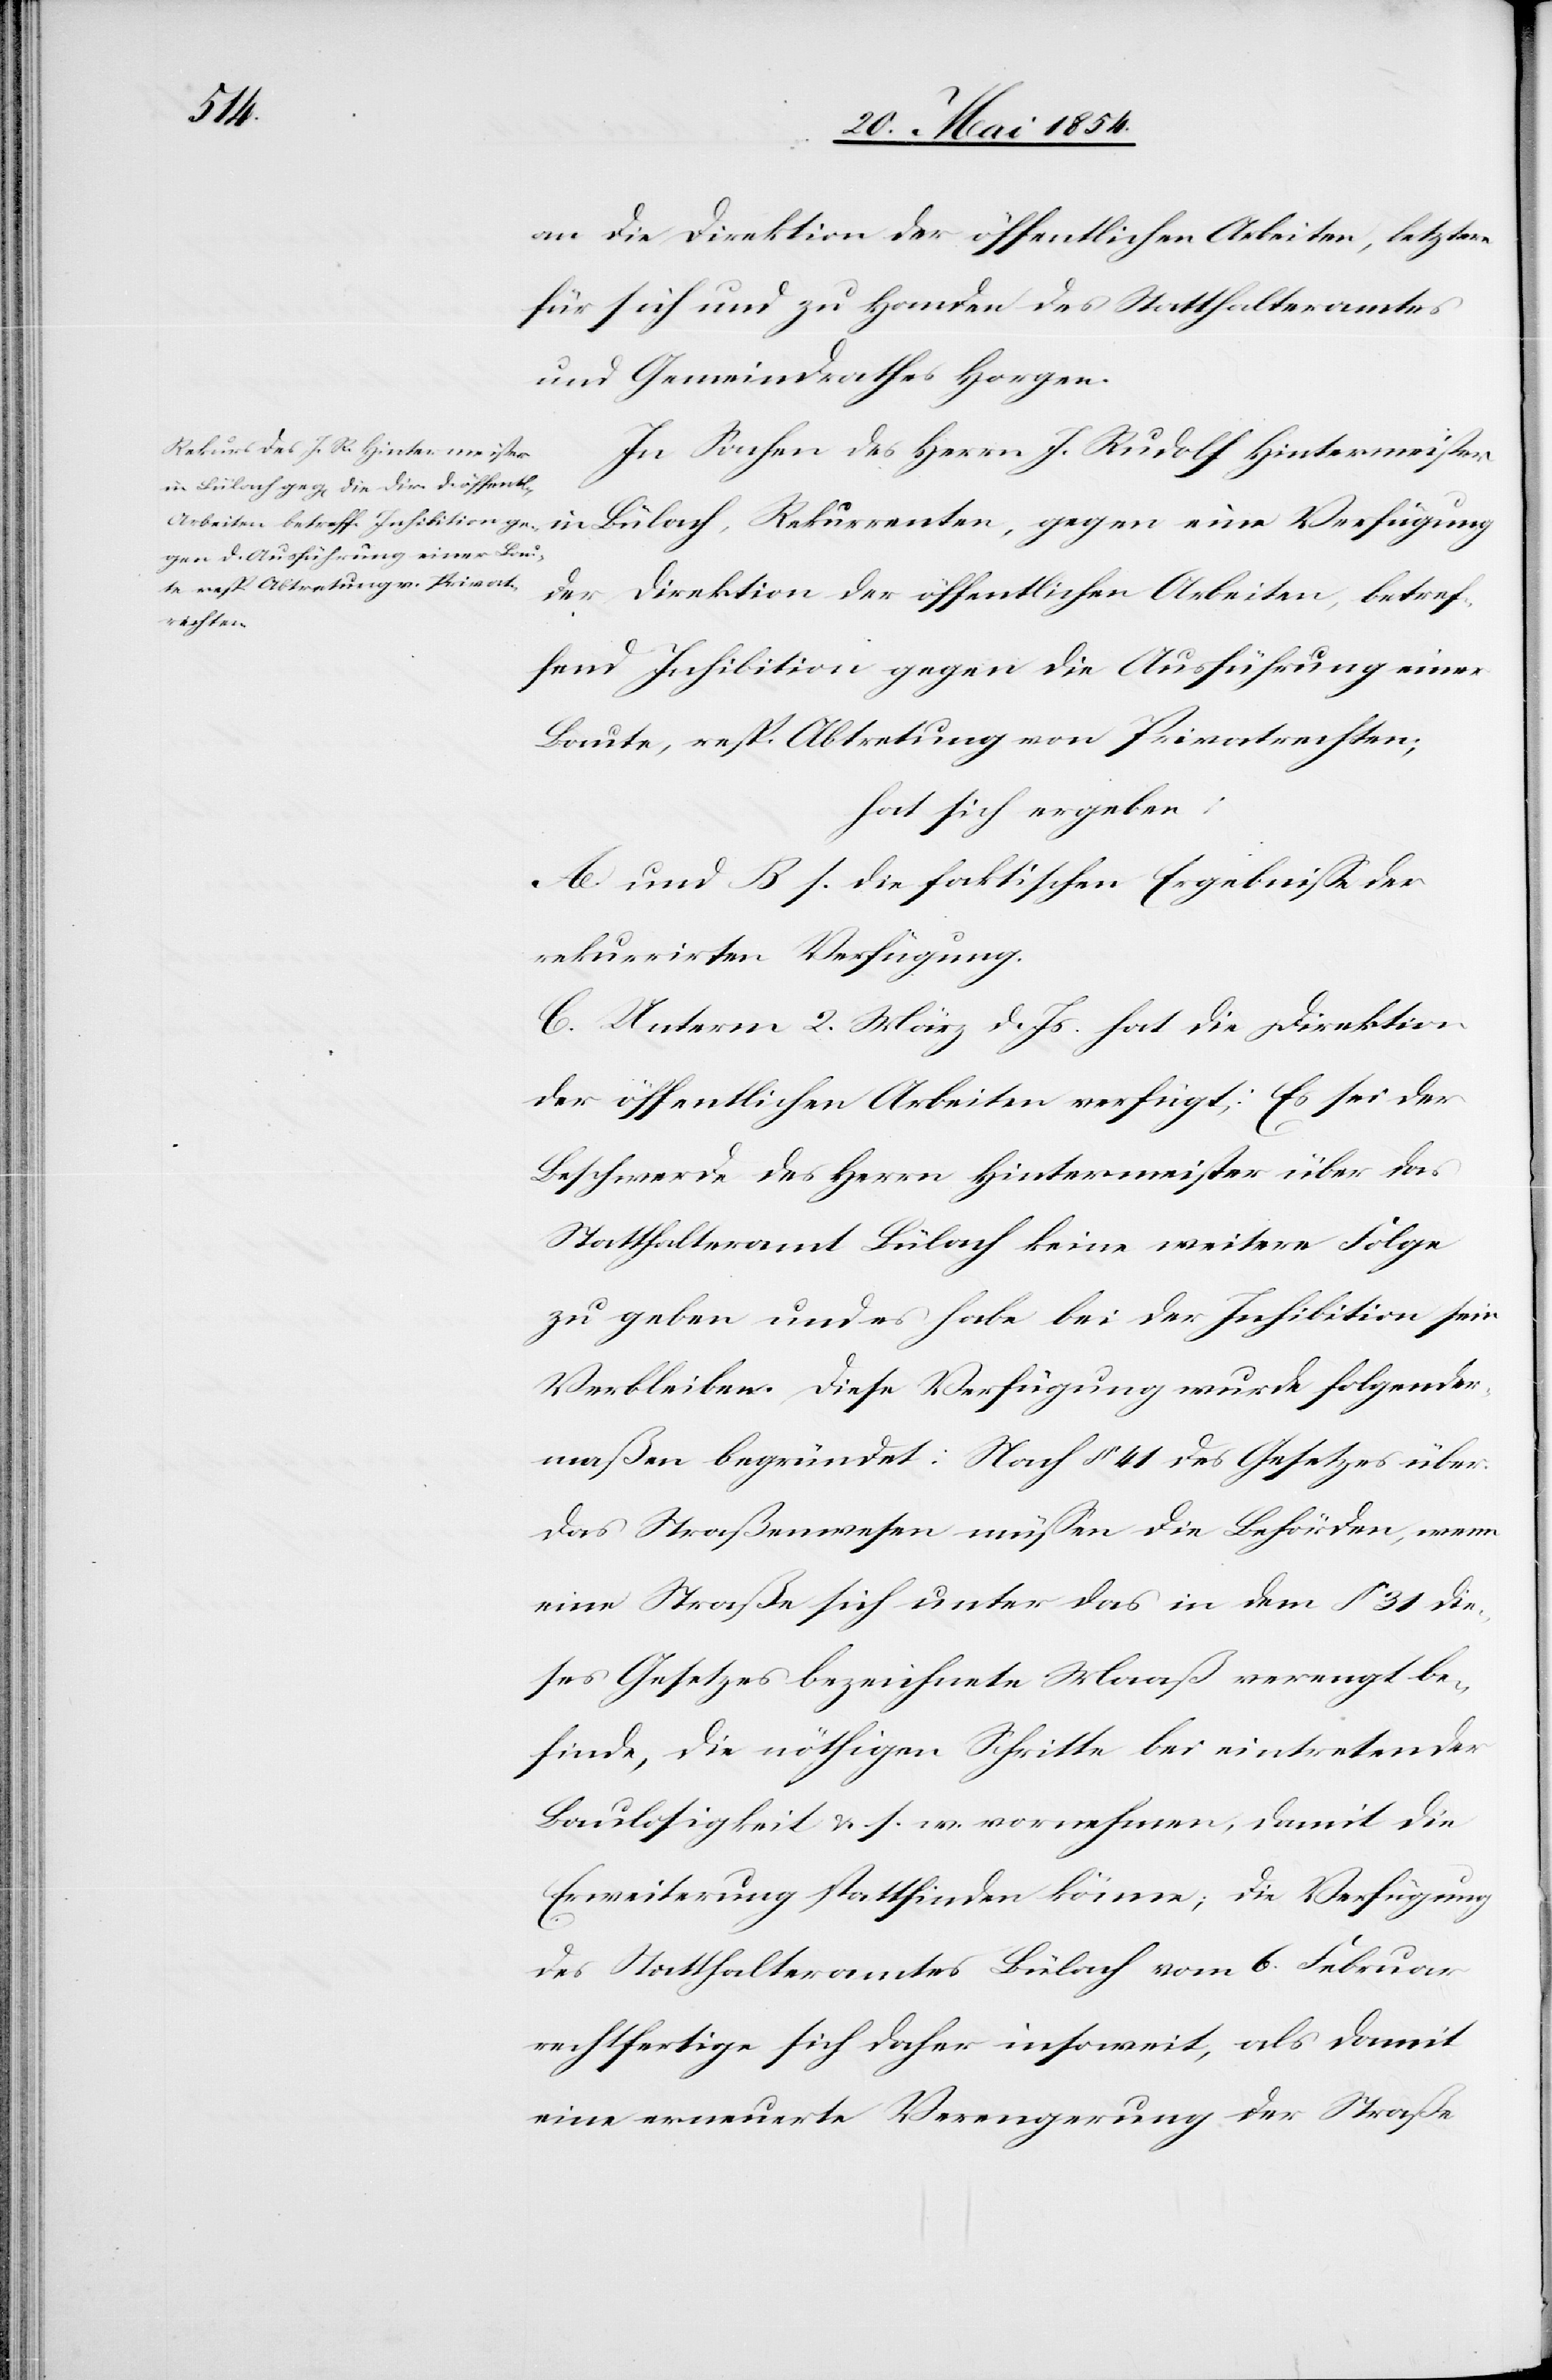
an die Direktion der öffentlichen Arbeiten, letztere
für sich und zu Handen des Statthalteramtes
und Gemeindrathes Horgen.
In Sachen des Herrn J. Rudolf Hintermeister
in Bülach, Rekurrenten, gegen eine Verfügung
der Direktion der öffentlichen Arbeiten, betref¬
fend Inhibition gegen die Ausführung einer
Baute, resp. Abtretung von Privatrechten;
hat sich ergeben:
A. und B. s. die faktischen Ergebniße der
rekurrirten Verfügung.
C. Unterm 2. März d. Js. hat die Direktion
der öffentlichen Arbeiten verfügt: Es sei der
Beschwerde des Herrn Hintermeister über das
Statthalteramt Bülach keine weitere Folge
zu geben und es habe bei der Inhibition sein
Verbleiben. Diese Verfügung wurde folgender¬
maßen begründet: Nach § 41 des Gesetzes über
das Straßenwesen müßen die Behörden, wenn
eine Straße sich unter das in dem § 31 die¬
ses Gesetzes verzeichnete Maaß verengt be¬
finde, die nöthigen Schritte bei eintretender
Baulosigkeit u. s. w. vornehmen, damit die
Erweiterung stattfinden könne; die Verfügung
des Statthalteramtes Bülach vom 6. Februar
rechtfertige sich daher insoweit, als damit
eine erneuerte Verengung der Straße